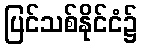
ပြင်သစ်နိုင်ငံ၌